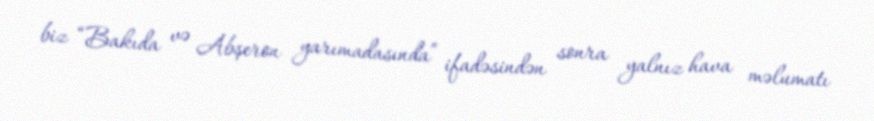
biz “Bakıda və Abşeron yarımadasında” ifadəsindən sonra yalnız hava məlumatı